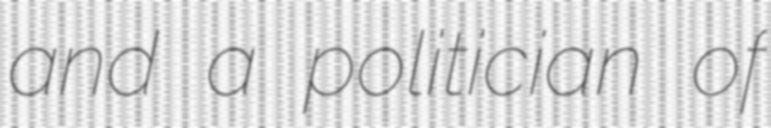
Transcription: and a politician of